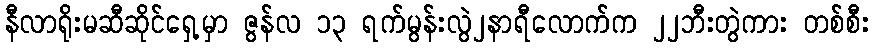
နီလာရိုးမဆီဆိုင်ရှေ့မှာ ဇွန်လ ၁၃ ရက်မွန်းလွဲ၂နာရီလောက်က ၂၂ဘီးတွဲကား တစ်စီး